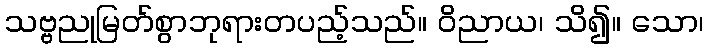
သဗ္ဗညုမြတ်စွာဘုရားတပည့်သည်။ ဝိညာယ၊ သိ၍။ သော၊